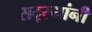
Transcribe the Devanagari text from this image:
सद्स्यांनी